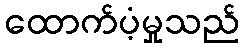
ထောက်ပံ့မှုသည်